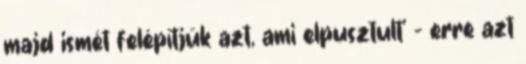
majd ismét felépítjük azt, ami elpusztult’ – erre azt